Annual report on the Civil Veterinary Department, Burma (including the Insein Veterinary School) - 1923-1931
Year: 1923
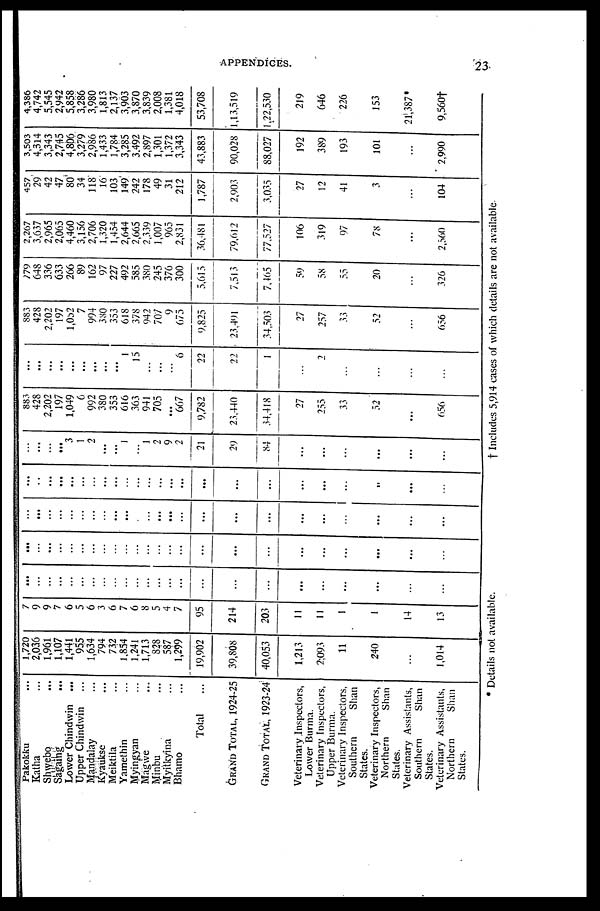
APPENDICES.
23
Pakokku ...
Katha ...
Shwebo ...
Sagamg ...
Lower Chindwin ...
Upper Chindwin ...
Mandalay ...
Kyaukse ...
Meiktila ...
Yamethin ...
Myingyan ...
Magwe ...
Minbu ...
Myitkyina ...
Bhamo ...
Total ...
Grand Total, 1924-25
Grand Total, 1923-24
Veterinary Inspectors,
Lower Burma.
Veterinary Inspectors,
Upper Burma.
Veterinary Inspectors,
Southern
Shan
States.
Veterinary Inspectors,
Northern
Shan
States.
Veterinary Assistants,
Southern
Shan
States.
Veterinary Assistants,
Northern
Shan
States.
1,720
2,036
1,961
1,107
1,441
955
1,634
794
732
1,854
1,241
1,713
828
587
1,299
19,902
39,808
40,053
1,213
2;093
11
240
...
1,014
7
9
9
7
6
5
6
3
6
7
6
8
5
4
7
95
214
203
II
11
1
14
13
...
...
...
...
...
...
...
...
...
...
...
...
...
...
...
...
...
...
...
...
...
...
...
...
...
...
...
...
...
...
...
...
...
...
...
...
...
...
...
...
...
...
...
...
...
...
...
...
...
...
...
...
...
...
...
...
...
...
...
...
...
...
...
...
...
...
...
...
...
...
...
...
...
...
...
...
...
...
...
...
...
...
...
...
...
...
...
...
...
...
...
...
...
..
...
...
...
...
...
...
3
1
2
...
...
1
...
1
2
9
2
21
29
84
...
...
...
...
...
...
883
428
2,202
197
1,049
6
992
380
353
616
363
941
705
...
667
9,782
23,440
34,418
27
255
33
52
...
656
...
...
...
...
...
...
...
...
...
1
15
...
...
...
6
22
22
1
...
2
...
...
...
...
883
428
2,202
197
1,052
7
994
380
353
618
378
942
707
9
675
9,825
23,491
34,503
27
257
33
52
...
656
779
648
336
633
266
89
162
97
227
492
585
380
245
376
300
5,615
7,513
7,165
59
58
55
20
...
326
2,267
3,637
2,965
2,065
4,460
3,156
2,706
1,320
1,454
2,644
2,665
2,339
1,007
965
2,831
36,481
79,612
77,527
106
319
97
78
...
2,560
457
29
42
47
80
34
118
16
103
149
242
178
49
31
212
1,787
2,903
3,035
27
12
41
3
...
104
3,503
4,314
3,343
2,745
4,806
3,279
2,986
1,433
1,784
3,285
3,492
2,897
1,301
1,372
3,343
43,883
90,028
88,027
192
389
193
101
...
2,990
4,386
4,742
5,545
2,942
5,858
3,286
3,980
1,813
2,137
3,903
3,870
3,839
2,008
1,381
4,018
53,708
1,13,519
1,22,530
219
646
226
153
21,387
9,560†
* Details not available.
† Includes 5,914 cases of which details are not available.